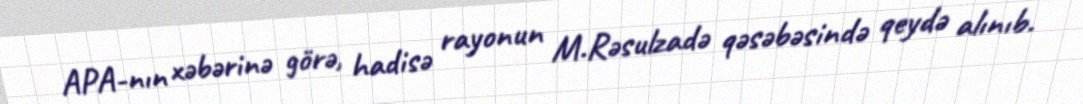
APA-nın xəbərinə görə, hadisə rayonun M.Rəsulzadə qəsəbəsində qeydə alınıb.